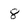
Character: 8